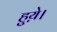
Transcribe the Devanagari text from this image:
हुय़े।